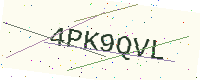
Text: 4PK9QVL